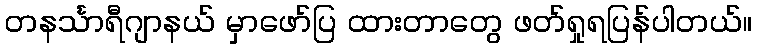
တနင်္သာရီဂျာနယ် မှာဖော်ပြ ထားတာတွေ ဖတ်ရှုရပြန်ပါတယ်။